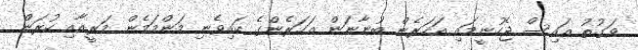
ވަގުތު އައިސް ޖެހުނީމައި އަހަރެން ބުނާނަން އަހަރެންގެ ކައިވެނި މަންމަމެން މަރީއާއި ކުރަން